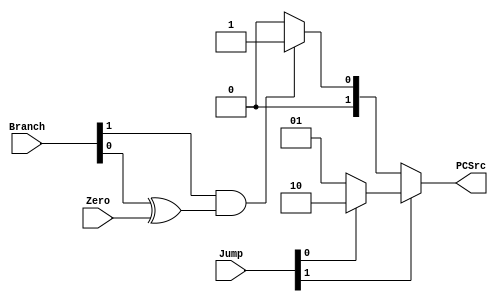
module branch_controller(Branch, Jump, Zero, PCSrc);
	
    input [1:0] Branch, Jump;
    input Zero;
    output [1:0] PCSrc;
	
	assign PCSrc = (Jump[1]) ? (Jump[0] ? 2'b10 : 2'b01) : 
                    (Branch[1] && (Branch[0] ^ Zero)) ? 2'b01 : 2'b00;

endmodule